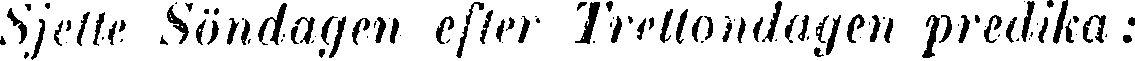
Sjette Söndagen efter Trettondagen predika: